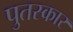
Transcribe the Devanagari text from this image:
पुतस्कार